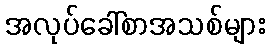
အလုပ်ခေါ်စာအသစ်များ